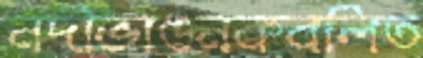
নদীভাঙনকবলিত